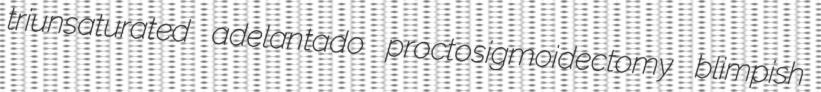
triunsaturated adelantado proctosigmoidectomy blimpish